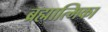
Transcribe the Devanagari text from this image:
ब्रह्मात्मिका